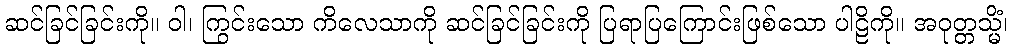
ဆင်ခြင်ခြင်းကို။ ဝါ၊ ကြွင်းသော ကိလေသာကို ဆင်ခြင်ခြင်းကို ပြရာပြကြောင်းဖြစ်သော ပါဠိကို။ အဝုတ္တသ္မိံ၊